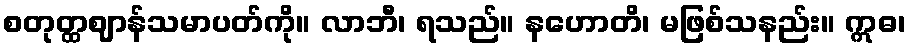
စတုတ္ထဈာန်သမာပတ်ကို။ လာဘီ၊ ရသည်။ နဟောတိ၊ မဖြစ်သနည်း။ ဣဓ၊